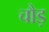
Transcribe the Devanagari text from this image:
चौड़